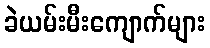
ခဲယမ်းမီးကျောက်များ